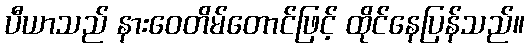
ပီယာသည် နားဝေတိမ်တောင်ဖြင့် ထိုင်နေပြန်သည်။